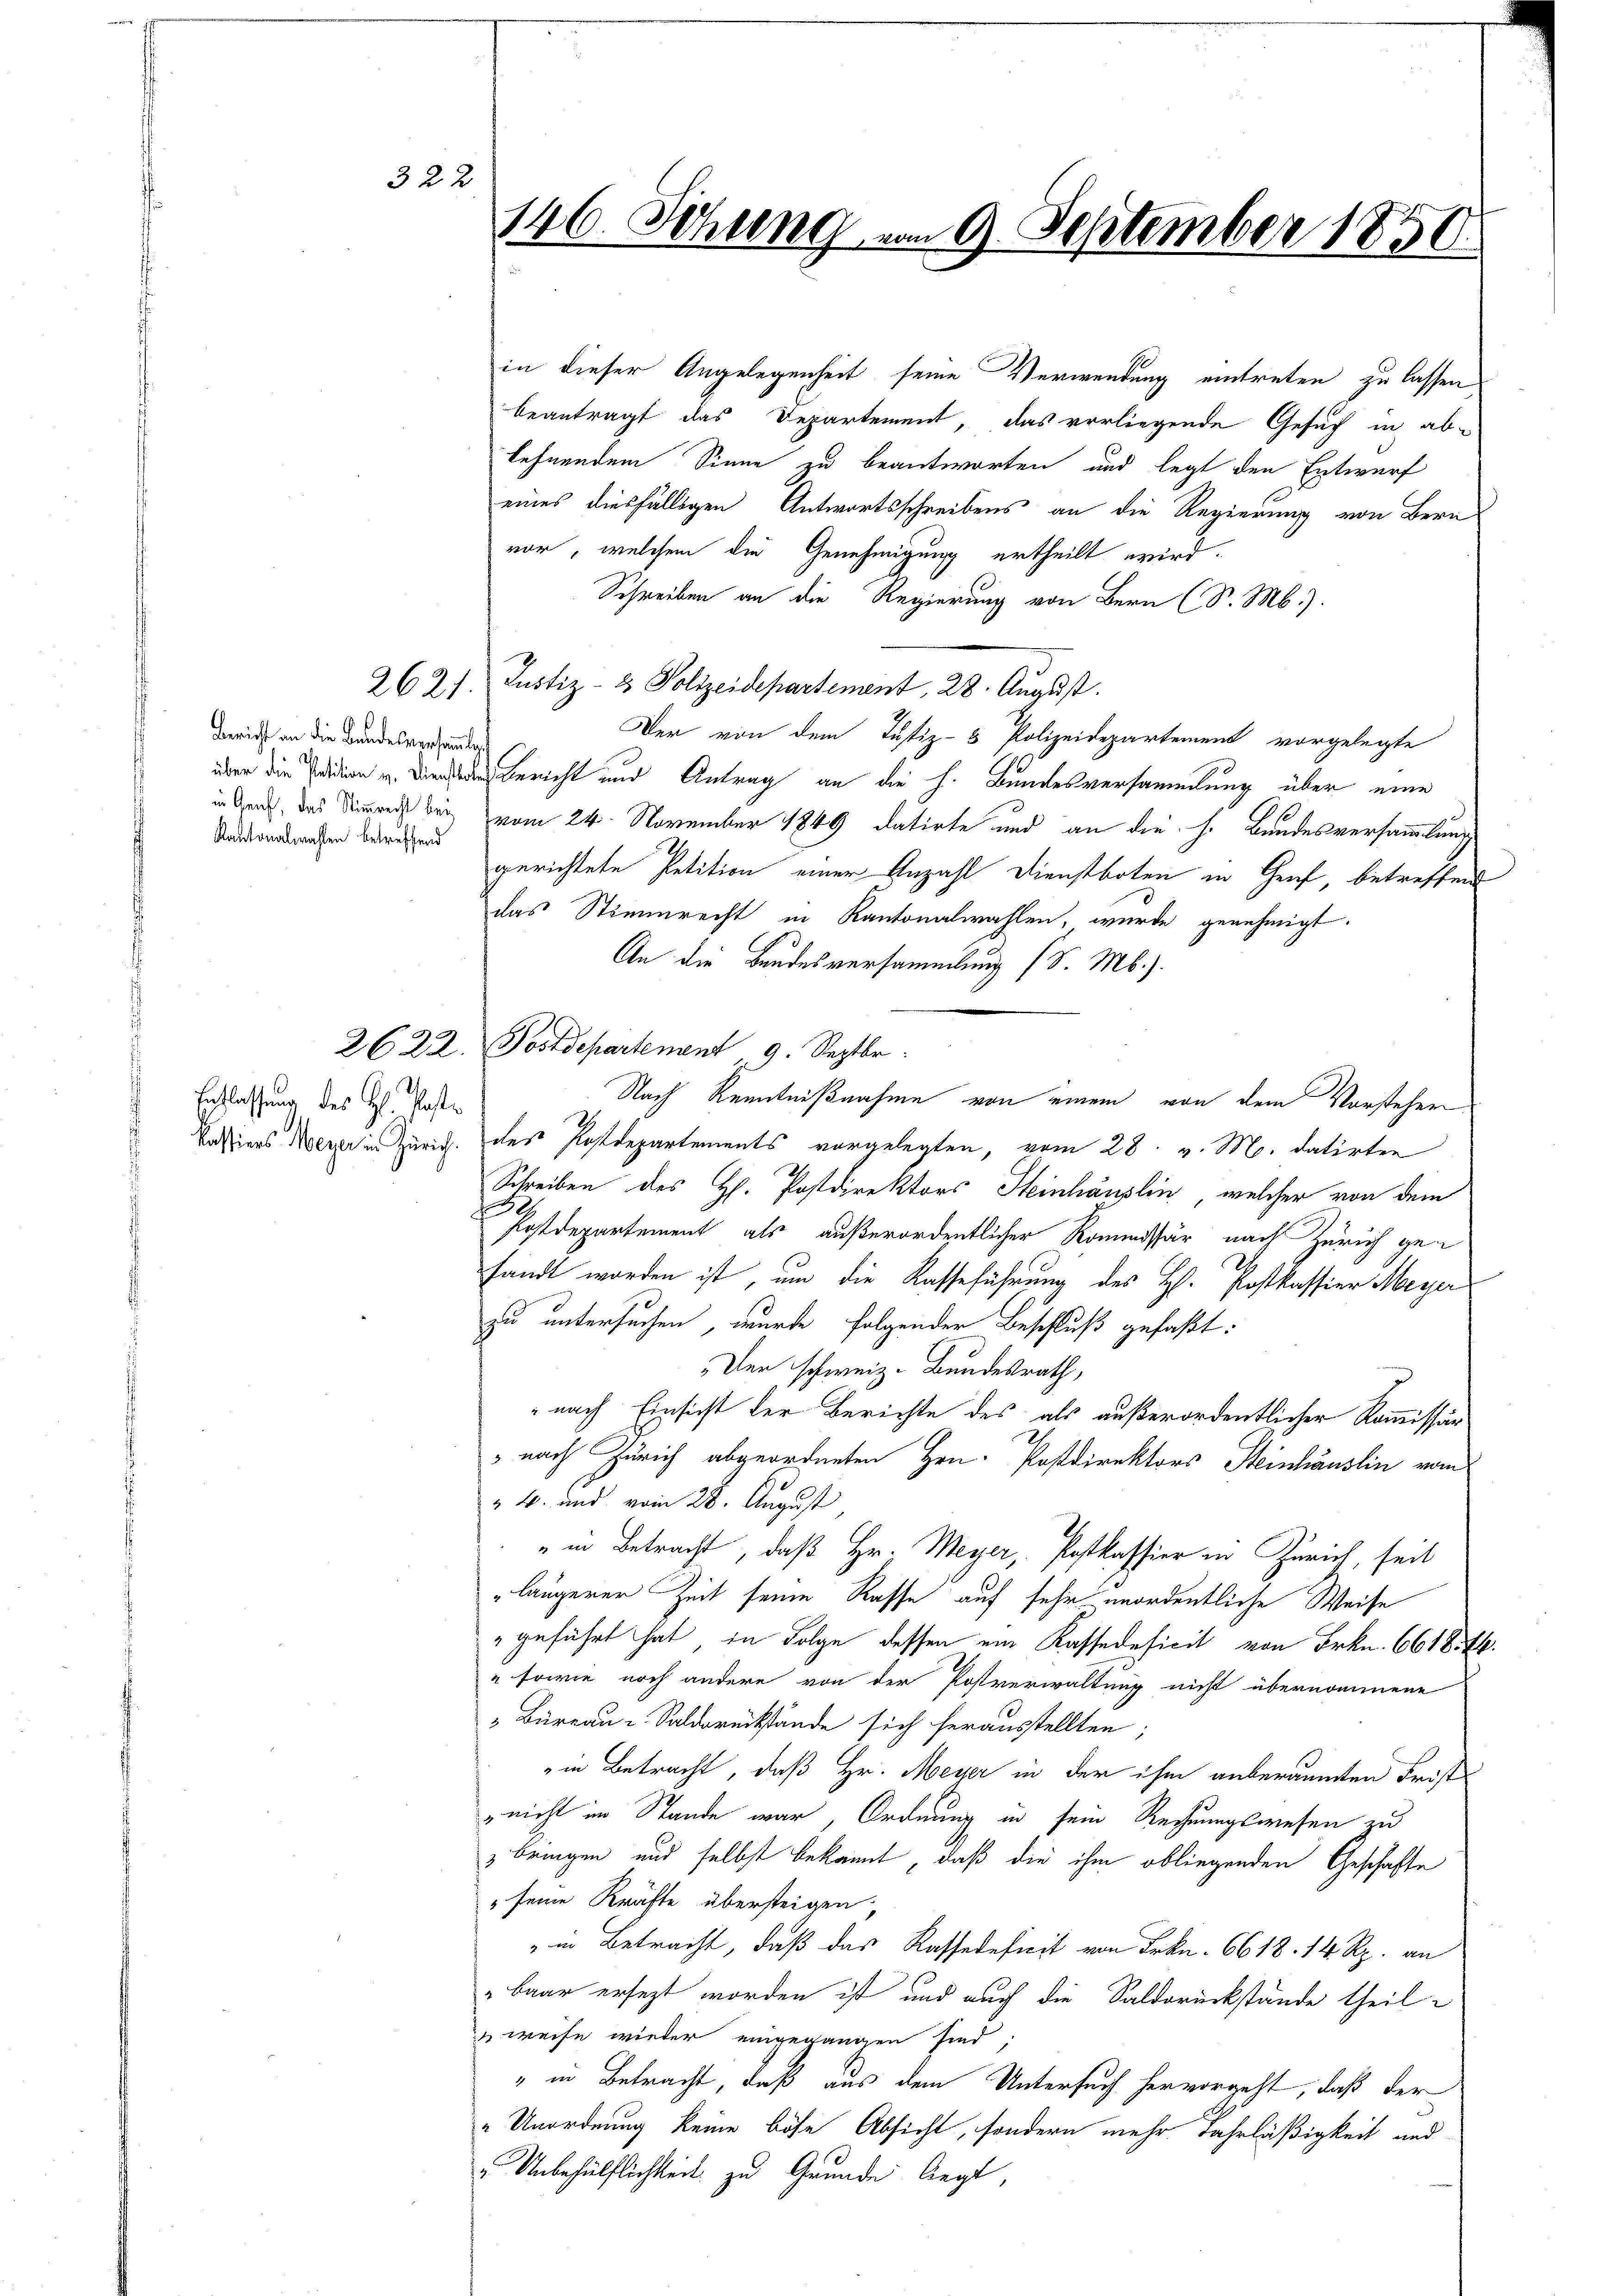
2621.

32 x

Bericht an die Bandesversamml
Kantonalwahlen betreffend

Entlassung des Hl. Poste

in dieser Angelegenheit seine Verwendung eintreten zu lassen
beantragt das Departement, das vorliegende Gesuch in ablehnendem Sinne zu beantworten und legt den Entwurf
eines diesfälligen Antwortsschreibens an die Regierung von Bern
vor, welchem die Genehmigung ertheilt wird.
Schreiben an die Regierung von Bern (S. M.).
Justiz- & Polizeidepartement, 28. August.
Der von dem Justiz- & Polizeidepartement vorgelegte
über die einen bericht und Antrag an die h. Bundesversammlung über eine
in Ganz, das Stimmreis bei vom 24. November 1849 datirte und an die h. Bundesversammlung
gerichtete Petition einer Anzahl Dienstboten in Genf, betreffend
das Stimmrecht in Kantonalwahlen, wurde genehmigt.
An die Bundesversammlung (S. Mb.).
2622. Postdepartement 9. Septbr.
Nach Kenntnißnahme von einem von dem Vorstehen
Passiers Merz in Zürich. des Postdepartements vorgelegten, vom 28. v. M. datirten
Schreiben des H. Postdirektors Heinhäuslin, welcher von dem
Postdepartement als außerordentlicher Kommissär nach Zürich gesandt worden ist, um die Kasseführung des H. Postkassier Meyer
zu untersuchen, wurde folgender Beschluß gefaßt:
Der schweiz. Bundesrath,
nach Einsicht der Berichte des als außerordentlicher Kommissär
 nach Zürich abgeordneten Hrn. Postdirektors Steinhäuslin vom
" 4. und vom 28. August,
" in Betracht, daß Hr. Meyer, Postkassier in Zürich, seit
längerer Zeit seine Rasse auf sehr unordentliche Weise
" geführt hat, in Folge dessen ein Kassadeficit von Frkn. 66185.
" sowie noch andere von der Postverwaltung nicht übernommene
" Büreau-Soldrückstände sich herausstellten;
in Betracht, daß Hr. Meyer in der ihm anberäumten Frist¬
" nicht im Stande war, Ordnung in sein Rechnungswesen zu
3 bringen und selbst bekannt, daß die ihm obliegenden Geschäfte
" seine Kräfte übersteigen,
" in Betracht, daß das Kassadeficit von Frkn. 6618. 14 Rp. an
baar ersezt worden ist und auch die Saldorückstände theil
uweise wieder eingegangen sind,
" in Betracht, daß aus dem Untersuch hervorgeht, daß der
" Unordnung keine böse Absicht, sondern mehr Jahrläßigkeit und
" Unbehülflichkeit zu Grunde liegt,

146. Sitzung vom 9. September 1850.